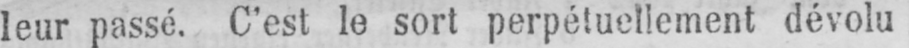
leur passé. C’est le sort perpétuellement dévolu